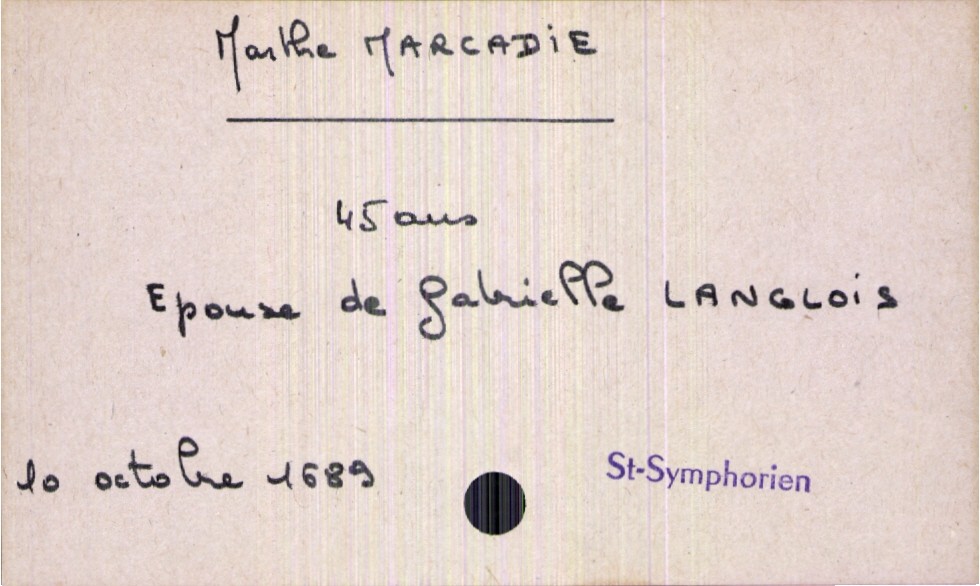
type_acte: Décès
année: 1689
mois: octobre
jour: 10
paroisse: Saint-Symphorien
défunt_nom: Marcadie
défunt_prénom: Marthe
défunt_sexe: F
défunt_âge: 45 ans
défunt_statut: marié(e)